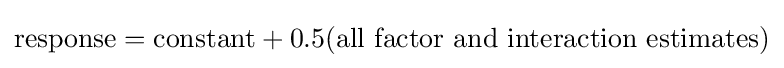
{\textrm {response}}={\textrm {constant}}+0.5\mathrm {(all\ factor\ and\ interaction\ estimates)}